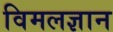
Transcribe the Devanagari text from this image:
विमलज्ञान